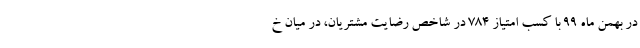
در بهمن ماه ۹۹ با کسب امتیاز ۷۸۴ در شاخص رضایت مشتریان، در میان خ